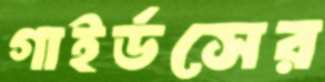
গাইর্ডসের